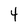
Character: 4